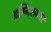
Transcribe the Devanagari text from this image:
अग्निसागर